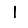
Digit: 1